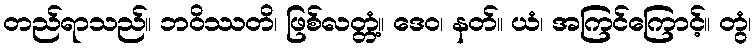
တည်ရာသည်။ ဘဝိဿတိ၊ ဖြစ်လတ္တံ့။ ဒေဝ၊ နတ်။ ယံ၊ အကြင်ကြောင့်။ တွံ၊